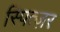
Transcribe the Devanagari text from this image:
स्पित्ज़र